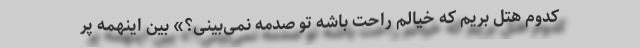
کدوم هتل بریم که خیالم راحت باشه تو صدمه نمی‌بینی؟» بین اینهمه پر